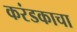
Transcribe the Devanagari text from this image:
करंडकाचा